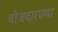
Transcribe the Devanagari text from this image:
बोजदारपणा